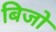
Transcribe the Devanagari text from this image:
बिजो